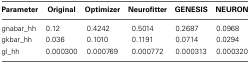
<table><thead><tr><td><b>Parameter</b></td><td><b>Original</b></td><td><b>Optimizer</b></td><td><b>Neurofitter</b></td><td><b>GENESIS</b></td><td><b>NEURON</b></td></tr></thead><tbody><tr><td>gnabar_hh</td><td>0.12</td><td>0.4242</td><td>0.5014</td><td>0.2687</td><td>0.0968</td></tr><tr><td>gkbar_hh</td><td>0.036</td><td>0.1010</td><td>0.1191</td><td>0.0714</td><td>0.0294</td></tr><tr><td>gl_hh</td><td>0.000300</td><td>0.000769</td><td>0.000772</td><td>0.000313</td><td>0.000320</td></tr></tbody></table>